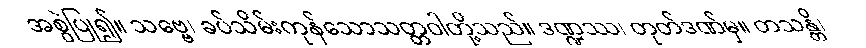
အစွဲပြု၍။ သဗ္ဗေ၊ ခပ်သိမ်းကုန်သောသတ္တဝါတို့သည်။ ဒဏ္ဍဿ၊ တုတ်ဒဏ်မှ။ တသန္တိ၊